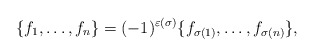
\begin{align*} \{f_1,\ldots,f_n\}= (-1)^{\varepsilon(\sigma)}\{f_{\sigma(1)},\ldots,f_{\sigma(n)}\},\end{align*}